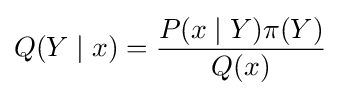
Q(Y\mid x)={\frac {P(x\mid Y)\pi (Y)}{Q(x)}}